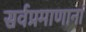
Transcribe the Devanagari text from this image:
सर्वप्रमाणानां